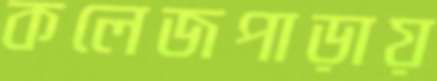
কলেজপাড়ায়